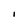
Character: I